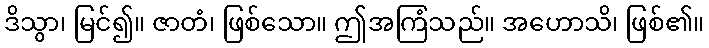
ဒိသွာ၊ မြင်၍။ ဇာတံ၊ ဖြစ်သော။ ဤအကြံသည်။ အဟောသိ၊ ဖြစ်၏။